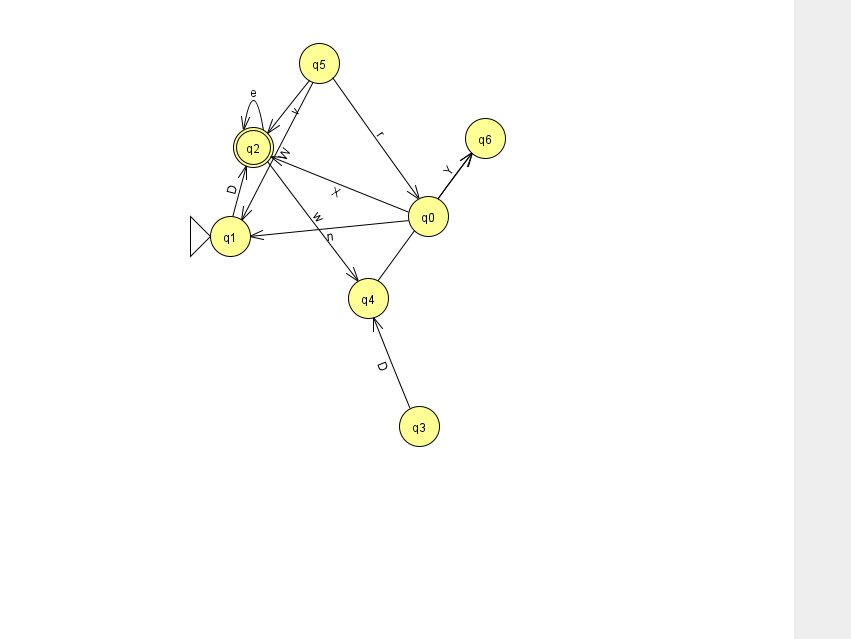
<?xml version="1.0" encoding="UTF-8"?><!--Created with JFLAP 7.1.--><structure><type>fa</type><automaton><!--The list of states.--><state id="0" name="q0"><x>428.0</x><y>203.0</y></state><state id="1" name="q1"><x>230.0</x><y>223.0</y><initial/></state><state id="2" name="q2"><x>253.0</x><y>134.0</y><final/></state><state id="3" name="q3"><x>419.0</x><y>413.0</y></state><state id="4" name="q4"><x>368.0</x><y>285.0</y></state><state id="5" name="q5"><x>319.0</x><y>50.0</y></state><state id="6" name="q6"><x>485.0</x><y>125.0</y></state><!--The list of transitions.--><transition><from>0</from><to>1</to><read>n</read></transition><transition><from>5</from><to>1</to><read>W</read></transition><transition><from>0</from><to>6</to><read>Y</read></transition><transition><from>2</from><to>2</to><read>e</read></transition><transition><from>2</from><to>4</to><read>w</read></transition><transition><from>3</from><to>4</to><read>D</read></transition><transition><from>5</from><to>2</to><read>v</read></transition><transition><from>5</from><to>0</to><read>r</read></transition><transition><from>0</from><to>2</to><read>X</read></transition><transition><from>1</from><to>2</to><read>D</read></transition><transition><from>4</from><to>6</to><read>t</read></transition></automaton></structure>